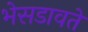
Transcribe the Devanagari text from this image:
भेसडावते